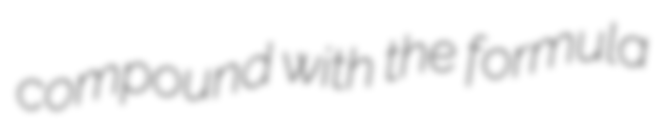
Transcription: compound with the formula